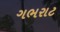
ગભરાટ